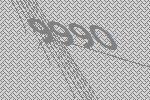
9990